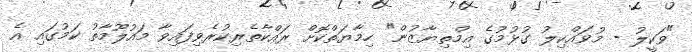
"ވަކީލު - މުވައްކިލު ގުޅުމުގެ އިމްތިޔާޒުން" ހިމާޔަތްކޮށް ރައްކާތެރިކުރެވިފައިވާ މައުލޫމާތު ކަމުގައި އެ